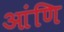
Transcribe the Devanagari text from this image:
आंणि